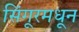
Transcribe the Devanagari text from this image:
सिंगूरमधून